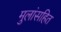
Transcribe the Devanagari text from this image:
मुलांसहित